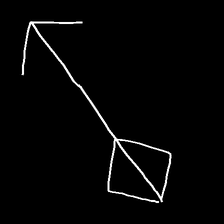
Glyph: focus